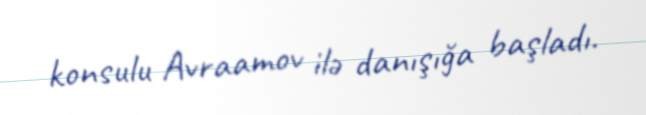
konsulu Avraamov ilə danışığa başladı.